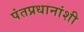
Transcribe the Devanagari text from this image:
पंतप्रधानांशी